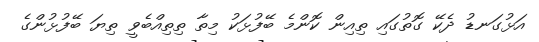
އަޅުގަނޑު ދެކޭ ގޮތުގައި ތިއިން ކޮންމެ ބޭފުޅަކު މިތާ ތިތިއްބެވީ ތިޔަ ބޭފުޅުންގެ